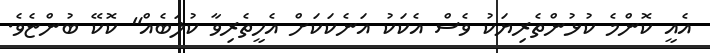
އެއީ ކޮންމެ ކުޅުންތެރިޔަކު ވެސް އެކަކު އަނެކަކަށް އެހީތެރިވާ ކުލަބެއް" ކޮކޭ ބުންޏެވެ.